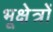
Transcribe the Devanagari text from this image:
भूक्षेत्रों